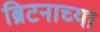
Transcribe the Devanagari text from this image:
ब्रिटनाच्या